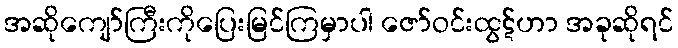
အဆိုကျော်ကြီးကိုပြေးမြင်ကြမှာပါ ဇော်ဝင်းထွဋ်ဟာ အခုဆိုရင်